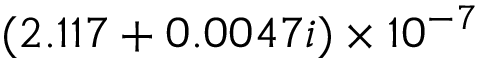
( 2 . 1 1 7 + 0 . 0 0 4 7 i ) \times 1 0 ^ { - 7 }